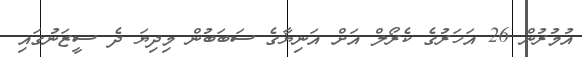
އުމުރުން 26 އަހަރުގެ ކެރޯލް އަށް އަނިޔާގެ ސަބަބުން މިދިޔަ ދެ ސީޒަނުގައި